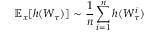
\mathbb { E } _ { x } [ h ( W _ { \tau } ) ] \sim { \frac { 1 } { n } } \sum _ { i = 1 } ^ { n } h ( W _ { \tau } ^ { i } )